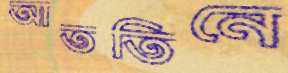
আততিনে